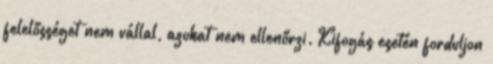
felelősséget nem vállal, azokat nem ellenőrzi. Kifogás esetén forduljon